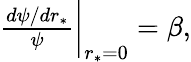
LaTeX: \begin{array}{r}{\frac{d\psi/dr_{*}}{\psi}\bigg|_{r_{*}=0}=\beta,}\end{array}